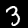
Label: 3